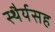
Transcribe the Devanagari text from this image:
स्थैर्यसह